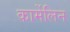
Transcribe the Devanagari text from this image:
कार्मेलिन